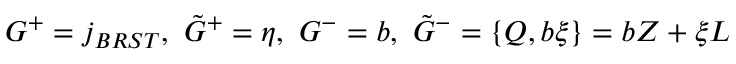
G ^ { + } = j _ { B R S T } , ~ \tilde { G } ^ { + } = \eta , ~ G ^ { - } = b , ~ \tilde { G } ^ { - } = \{ Q , b \xi \} = b Z + \xi L